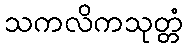
သကလိကသုတ္တံ